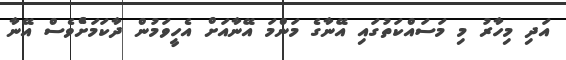
އަދި މިހާރު މި މަސައްކަތުގައި އޭނާގެ މަންމަ އޭނާއަށް އެހީވަމުން ދާކަމަށްެވެސް އޭނާ